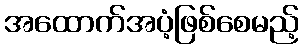
အထောက်အပံ့ဖြစ်စေမည့်